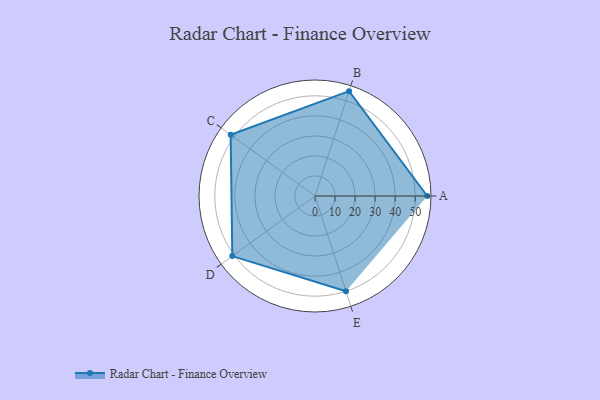
{"axis": {"x": "Skill", "y": "Score"}, "legend": ["Profile"], "data": [{"x": "A", "y": 56.0, "type": "Profile"}, {"x": "B", "y": 55.0, "type": "Profile"}, {"x": "C", "y": 52.0, "type": "Profile"}, {"x": "D", "y": 51.0, "type": "Profile"}, {"x": "E", "y": 50.0, "type": "Profile"}]}